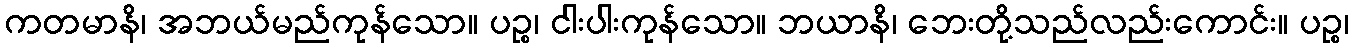
ကတမာနိ၊ အဘယ်မည်ကုန်သော။ ပဉ္စ၊ ငါးပါးကုန်သော။ ဘယာနိ၊ ဘေးတို့သည်လည်းကောင်း။ ပဉ္စ၊